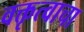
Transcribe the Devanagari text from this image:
वक्तृत्वाचा